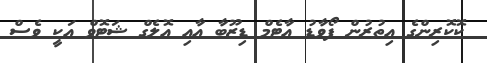
ކޮކޮރިންގެ އިތުރުން ފޯވާޑު އާޓެމް ޑިޒޫބާ އާއި އޮލެގް ޝަޓޮވް އަކީ ވެސް